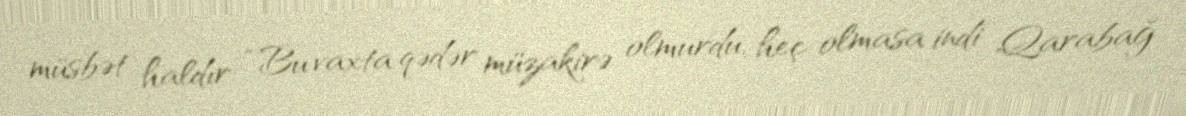
müsbət haldır: “Bu vaxta qədər müzakirə olmurdu, heç olmasa indi Qarabağ